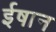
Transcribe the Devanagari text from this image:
ईषान